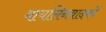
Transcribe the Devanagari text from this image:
वायलिनवादकों